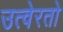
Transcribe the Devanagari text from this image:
उत्वेरतो